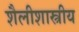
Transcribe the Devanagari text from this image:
शैलीशास्त्रीय